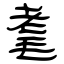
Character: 耄